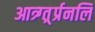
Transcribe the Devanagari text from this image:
आत्र्ग्त्र्र्प्रनलि